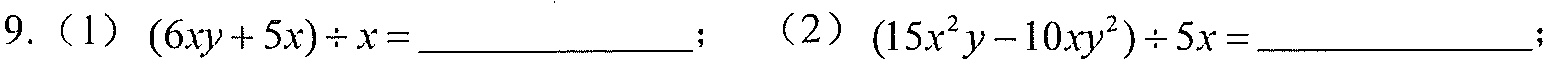
9.（1）\((6xy + 5x)\div x = \_\_\_\_\_\_\_\_\)；（2）\((15x^{2}y - 10xy^{2})\div 5x = \_\_\_\_\_\_\_\_\)；